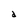
Character: d